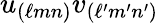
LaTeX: u_{(\ell mn)}v_{(\ell^{\prime}m^{\prime}n^{\prime})}